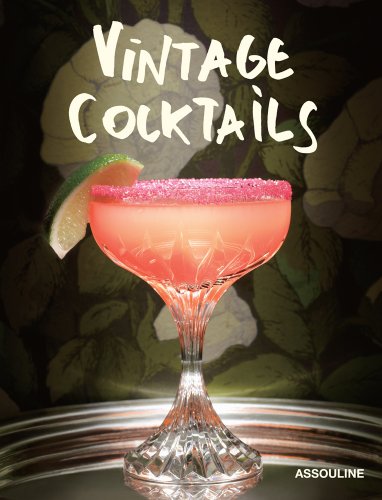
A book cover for Vintage Cocktails; Humor & Entertainment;